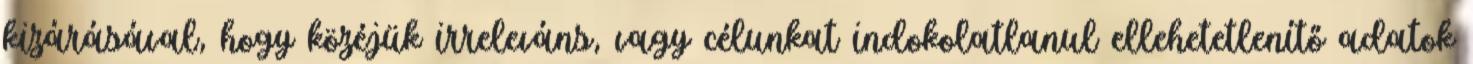
kizárásával, hogy közéjük irreleváns, vagy célunkat indokolatlanul ellehetetlenítő adatok